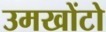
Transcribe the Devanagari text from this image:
उमखोंटो